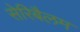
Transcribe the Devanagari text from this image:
सेरिबैलम